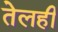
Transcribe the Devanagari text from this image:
तेलही